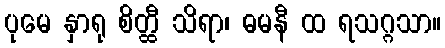
ပုမေ နှာရု စိတ္ထီ သိရာ၊ ဓမနီ ထ ရသဂ္ဂသာ။